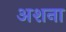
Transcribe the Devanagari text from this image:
अशना